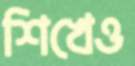
শিখেও